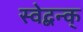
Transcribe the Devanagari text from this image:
स्वेद्बन्क्